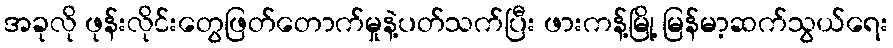
အခုလို ဖုန်းလိုင်းတွေဖြတ်တောက်မှုနဲ့ပတ်သက်ပြီး ဖားကန့်မြို့ မြန်မာ့ဆက်သွယ်ရေး